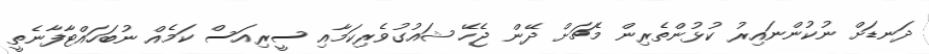
ދަނޑަށް ނުކުންނައިރު ކުޅުންތެރިން މެޗަށް ދޭން ޖެހޭ ޝައުގުވެރިކަމާއި ސީރިއަސް ކަމެއް ނުބަހައްޓާފާނެތީ